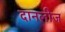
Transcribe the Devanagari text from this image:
दानलीज